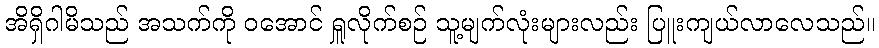
အိရှိဂါမိသည် အသက်ကို ဝအောင် ရှူလိုက်စဉ် သူ့မျက်လုံးများလည်း ပြူးကျယ်လာလေသည်။